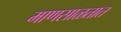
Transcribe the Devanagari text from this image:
माणसाळतात